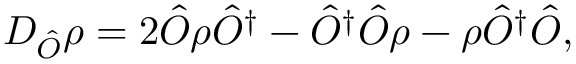
D _ { \hat { O } } \rho = 2 \hat { O } \rho \hat { O } ^ { \dagger } - \hat { O } ^ { \dagger } \hat { O } \rho - \rho \hat { O } ^ { \dagger } \hat { O } ,